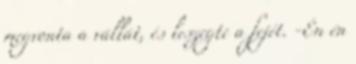
megvonta a vállát, és leszegte a fejét. -Én én